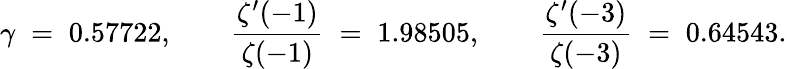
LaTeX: \gamma\; =\; 0.57722,\qquad{\frac{\zeta^{\prime}(-1)}{\zeta(-1)}}\; =\; 1.98505,\qquad{\frac{\zeta^{\prime}(-3)}{\zeta(-3)}}\; =\; 0.64543.